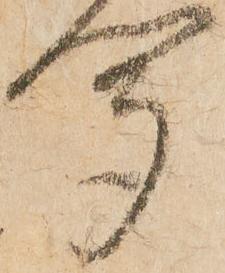
聞